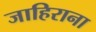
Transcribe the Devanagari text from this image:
जाहिराना